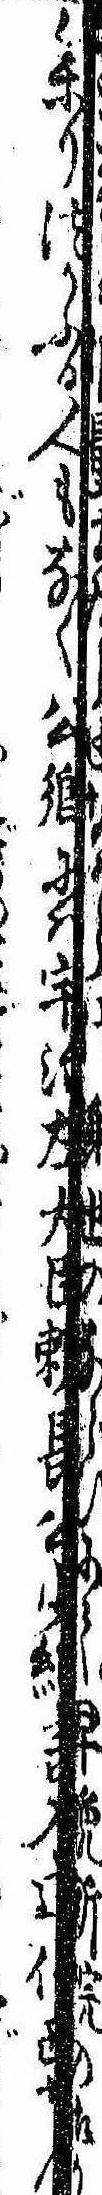
参りつかふる人もなく公卿には宇治左大臣頼長公少納言入道信西なん